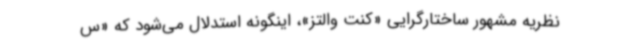
نظریه مشهور ساختارگرایی «کنت والتز»، اینگونه استدلال می‌شود که «س